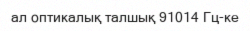
ал оптикалық талшық 91014 Гц-ке